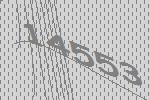
14553